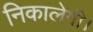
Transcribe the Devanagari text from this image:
निकालेगी।